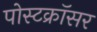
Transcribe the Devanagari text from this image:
पोस्टक्रॉसर